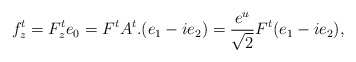
\begin{align*}f^t_z = F^t_z e_0 = F^t A^t. (e_1 - i e_2) = \frac{e^{u}}{\sqrt{2}} F^t (e_1-ie_2),\end{align*}